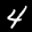
Label: 4